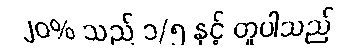
၂၀% သည် ၁/၅ နှင့် တူပါသည်